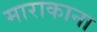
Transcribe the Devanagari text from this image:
माराकाना